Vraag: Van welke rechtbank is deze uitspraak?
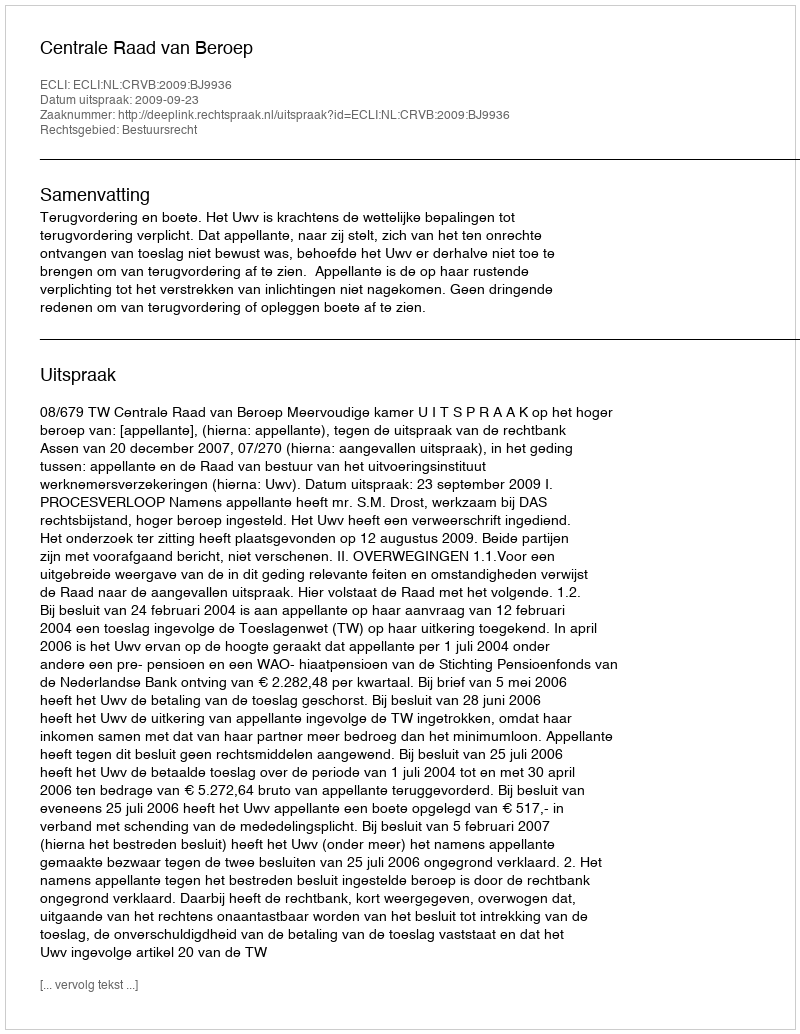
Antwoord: Centrale Raad van Beroep